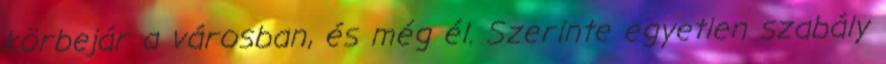
körbejár a városban, és még él. Szerinte egyetlen szabály